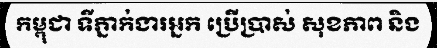
កម្ពុជា ទីភ្នាក់ងារអ្នក ប្រើប្រាស់ សុខភាព និង